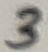
Text: 3